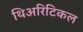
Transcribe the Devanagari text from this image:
थिअरिटिकल